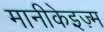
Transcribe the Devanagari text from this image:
मानीकेइज़्म